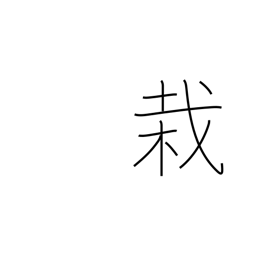
Meaning: planting